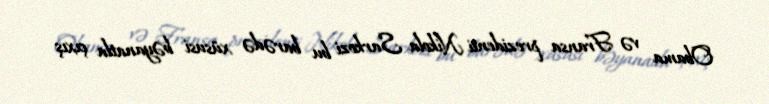
Obama və Fransa prezidenti Nikola Sarkozi bu barədə xüsusi bəyanatla çıxış